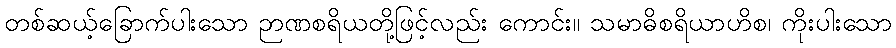
တစ်ဆယ့်ခြောက်ပါးသော ဉာဏစရိယတို့ဖြင့်လည်း ကောင်း။ သမာဓိစရိယာဟိစ၊ ကိုးပါးသော